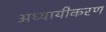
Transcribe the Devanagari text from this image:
अध्यायीकरण